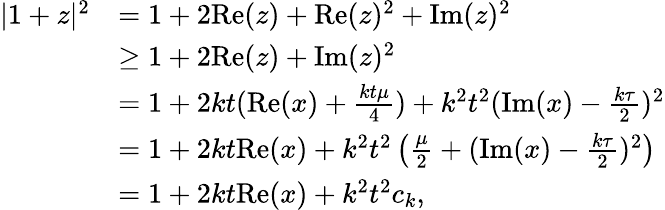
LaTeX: \begin{array}{rl}{|1+z|^{2}}&{=1+2\mathrm{Re}(z)+\mathrm{Re}(z)^{2}+\mathrm{Im}(z)^{2}}\\ &{\geq 1+2\mathrm{Re}(z)+\mathrm{Im}(z)^{2}}\\ &{=1+2kt(\mathrm{Re}(x)+\frac{kt\mu}{4})+k^{2}t^{2}(\mathrm{Im}(x)-\frac{k\tau}{2})^{2}}\\ &{=1+2kt\mathrm{Re}(x)+k^{2}t^{2}\left(\frac{\mu}{2}+(\mathrm{Im}(x)-\frac{k\tau}{2})^{2}\right)}\\ &{=1+2kt\mathrm{Re}(x)+k^{2}t^{2}c_{k},}\end{array}